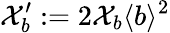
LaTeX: \mathcal{X}_{b}^{\prime}:=2\mathcal{X}_{b}\langle b\rangle^{2}